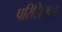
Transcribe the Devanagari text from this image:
परिसियान